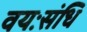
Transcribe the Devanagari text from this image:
वयःसंधि